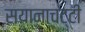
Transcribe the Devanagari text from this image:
सयानाचट्टी